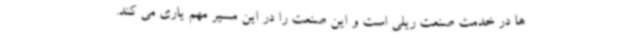
ها در خدمت صنعت ریلی است و این صنعت را در این مسیر مهم یاری می کند.